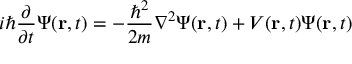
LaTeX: i \hbar { \frac { \partial } { \partial t } } \Psi ( \mathbf { r } , t ) = - { \frac { \hbar ^ { 2 } } { 2 m } } \nabla ^ { 2 } \Psi ( \mathbf { r } , t ) + V ( \mathbf { r } , t ) \Psi ( \mathbf { r } , t )